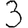
Digit: 3